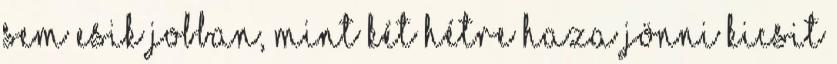
sem esik jobban, mint két hétre haza jönni kicsit